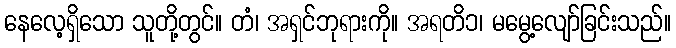
နေလေ့ရှိသော သူတို့တွင်။ တံ၊ အရှင်ဘုရားကို။ အရတိ၁၊ မမွေ့လျော်ခြင်းသည်။